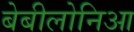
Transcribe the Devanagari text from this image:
बेबीलोनिआ